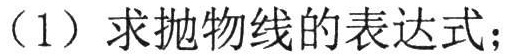
（1）求抛物线的表达式；